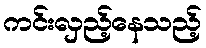
ကင်းလှည့်နေသည့်